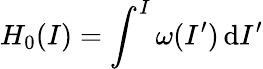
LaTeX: H_{0}(I)=\int^{I}\omega(I^{\prime})\, \mathrm{d}I^{\prime}